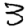
Digit: 3